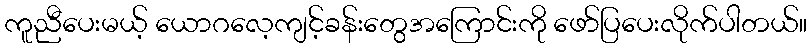
ကူညီပေးမယ့် ယောဂလေ့ကျင့်ခန်းတွေအကြောင်းကို ဖော်ပြပေးလိုက်ပါတယ်။